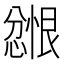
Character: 𪬲